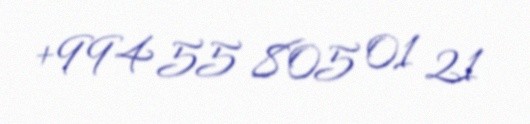
+994 55 805 01 21